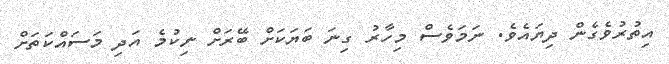
އިތުރުވެގެން ދިޔައެވެ. ނަމަވެސް މިހާރު ގިނަ ބަޔަކަށް ބޭރަށް ނިކުމެ އަދި މަސައްކަތަށް